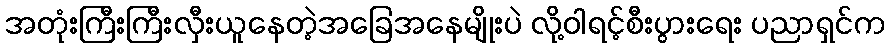
အတုံးကြီးကြီးလှီးယူနေတဲ့အခြေအနေမျိုးပဲ လို့ဝါရင့်စီးပွားရေး ပညာရှင်က